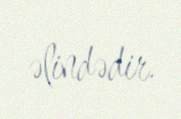
əlindədir.